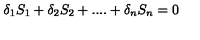
\delta _ { 1 } S _ { 1 } + \delta _ { 2 } S _ { 2 } + . . . . + \delta _ { n } S _ { n } = 0